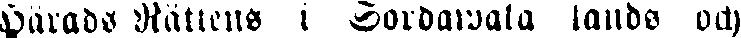
Härads Rättens i Sordawala lands och